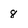
Character: 8